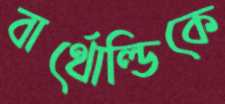
বার্থোল্ডিকে